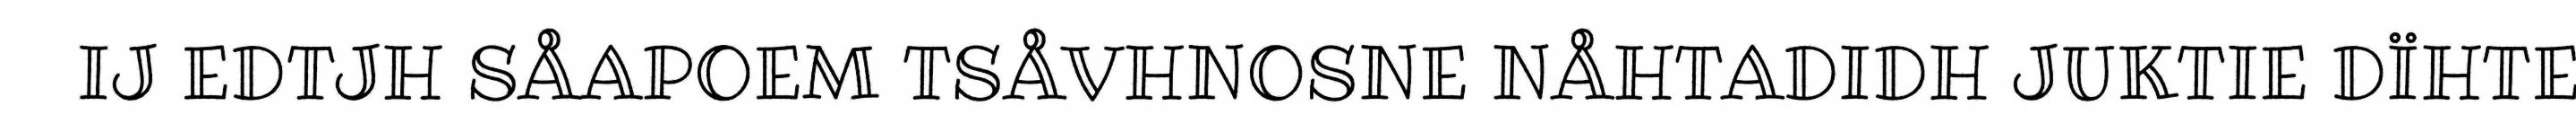
IJ EDTJH SÅAPOEM TSÅVHNOSNE NÅHTADIDH JUKTIE DÏHTE